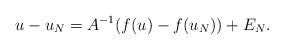
LaTeX: \begin{align*}u-u_N=A^{-1}(f(u)-f(u_N))+E_N. \end{align*}